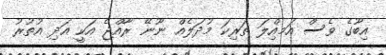
އިބޫގެ ވެސް އަމއިްލަ ތަރިކަ މުދަލެއް ނޫނޭ ރާއްޖެ އަކީ އަދި އުތުރު